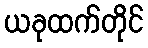
ယခုထက်တိုင်